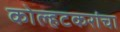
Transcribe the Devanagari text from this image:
कोल्हटकरांचा